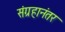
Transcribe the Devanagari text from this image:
संग्रहानंतर